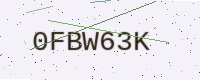
Text: 0FBW63K